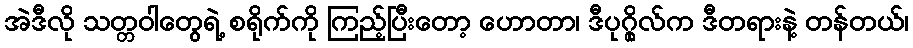
အဲဒီလို သတ္တဝါတွေရဲ့ စရိုက်ကို ကြည့်ပြီးတော့ ဟောတာ၊ ဒီပုဂ္ဂိုလ်က ဒီတရားနဲ့ တန်တယ်၊